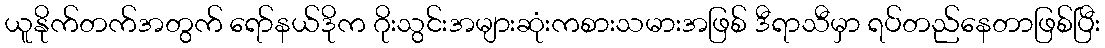
ယူနိုက်တက်အတွက် ရော်နယ်ဒိုက ဂိုးသွင်းအများဆုံးကစားသမားအဖြစ် ဒီရာသီမှာ ရပ်တည်နေတာဖြစ်ပြီး